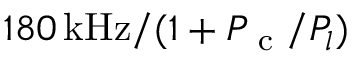
1 8 0 \, \mathrm { k H z } / ( 1 + P _ { \textrm { c } } / P _ { l } )